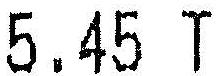
5.45 T